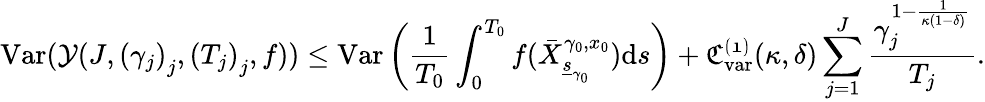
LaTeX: \mathrm{Var}(\mathcal{Y}(J,\left(\gamma_{j}\right)_{j},\left(T_{j}\right)_{j},f))\le\mathrm{Var}\left(\frac{1}{T_{0}}\int_{0}^{T_{0}}f(\bar{X}_{\underline{{s}}_{\gamma_{0}}}^{\gamma_{0},x_{0}})\mathrm{d}s\right)+\mathfrak{C_{\mathrm{var}}^{(1)}}(\kappa,\delta)\sum_{j=1}^{J}\frac{\gamma_{j}^{1-\frac{1}{\kappa(1-\delta)}}}{T_{j}}.